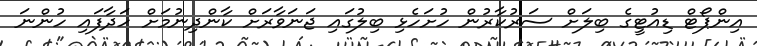
އިންޕޯޓް ޑިއުޓީގެ ބިލަށް ސަރުކާރުން ހުށަހެޅި ބިލުގައި ޖަނަވާރަށް ކާންދިނުމަށް ހަދާފައި ހުންނަ